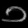
Digit: ၁